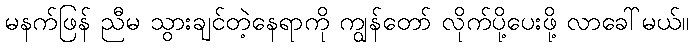
မနက်ဖြန် ညီမ သွားချင်တဲ့နေရာကို ကျွန်တော် လိုက်ပို့ပေးဖို့ လာခေါ်မယ်။